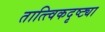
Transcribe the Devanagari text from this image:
तात्त्विकदृष्ट्या